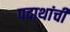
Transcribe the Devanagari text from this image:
पदाथांची